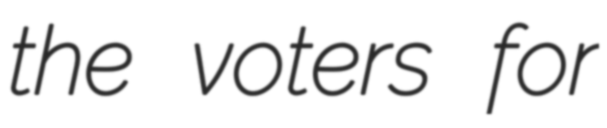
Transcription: the voters for